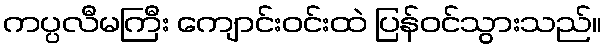
ကပ္ပလီမကြီး ကျောင်းဝင်းထဲ ပြန်ဝင်သွားသည်။